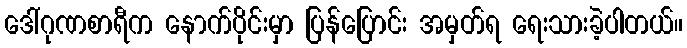
ဒေါ်ဂုဏစာရီက နောက်ပိုင်းမှာ ပြန်ပြောင်း အမှတ်ရ ရေးသားခဲ့ပါတယ်။